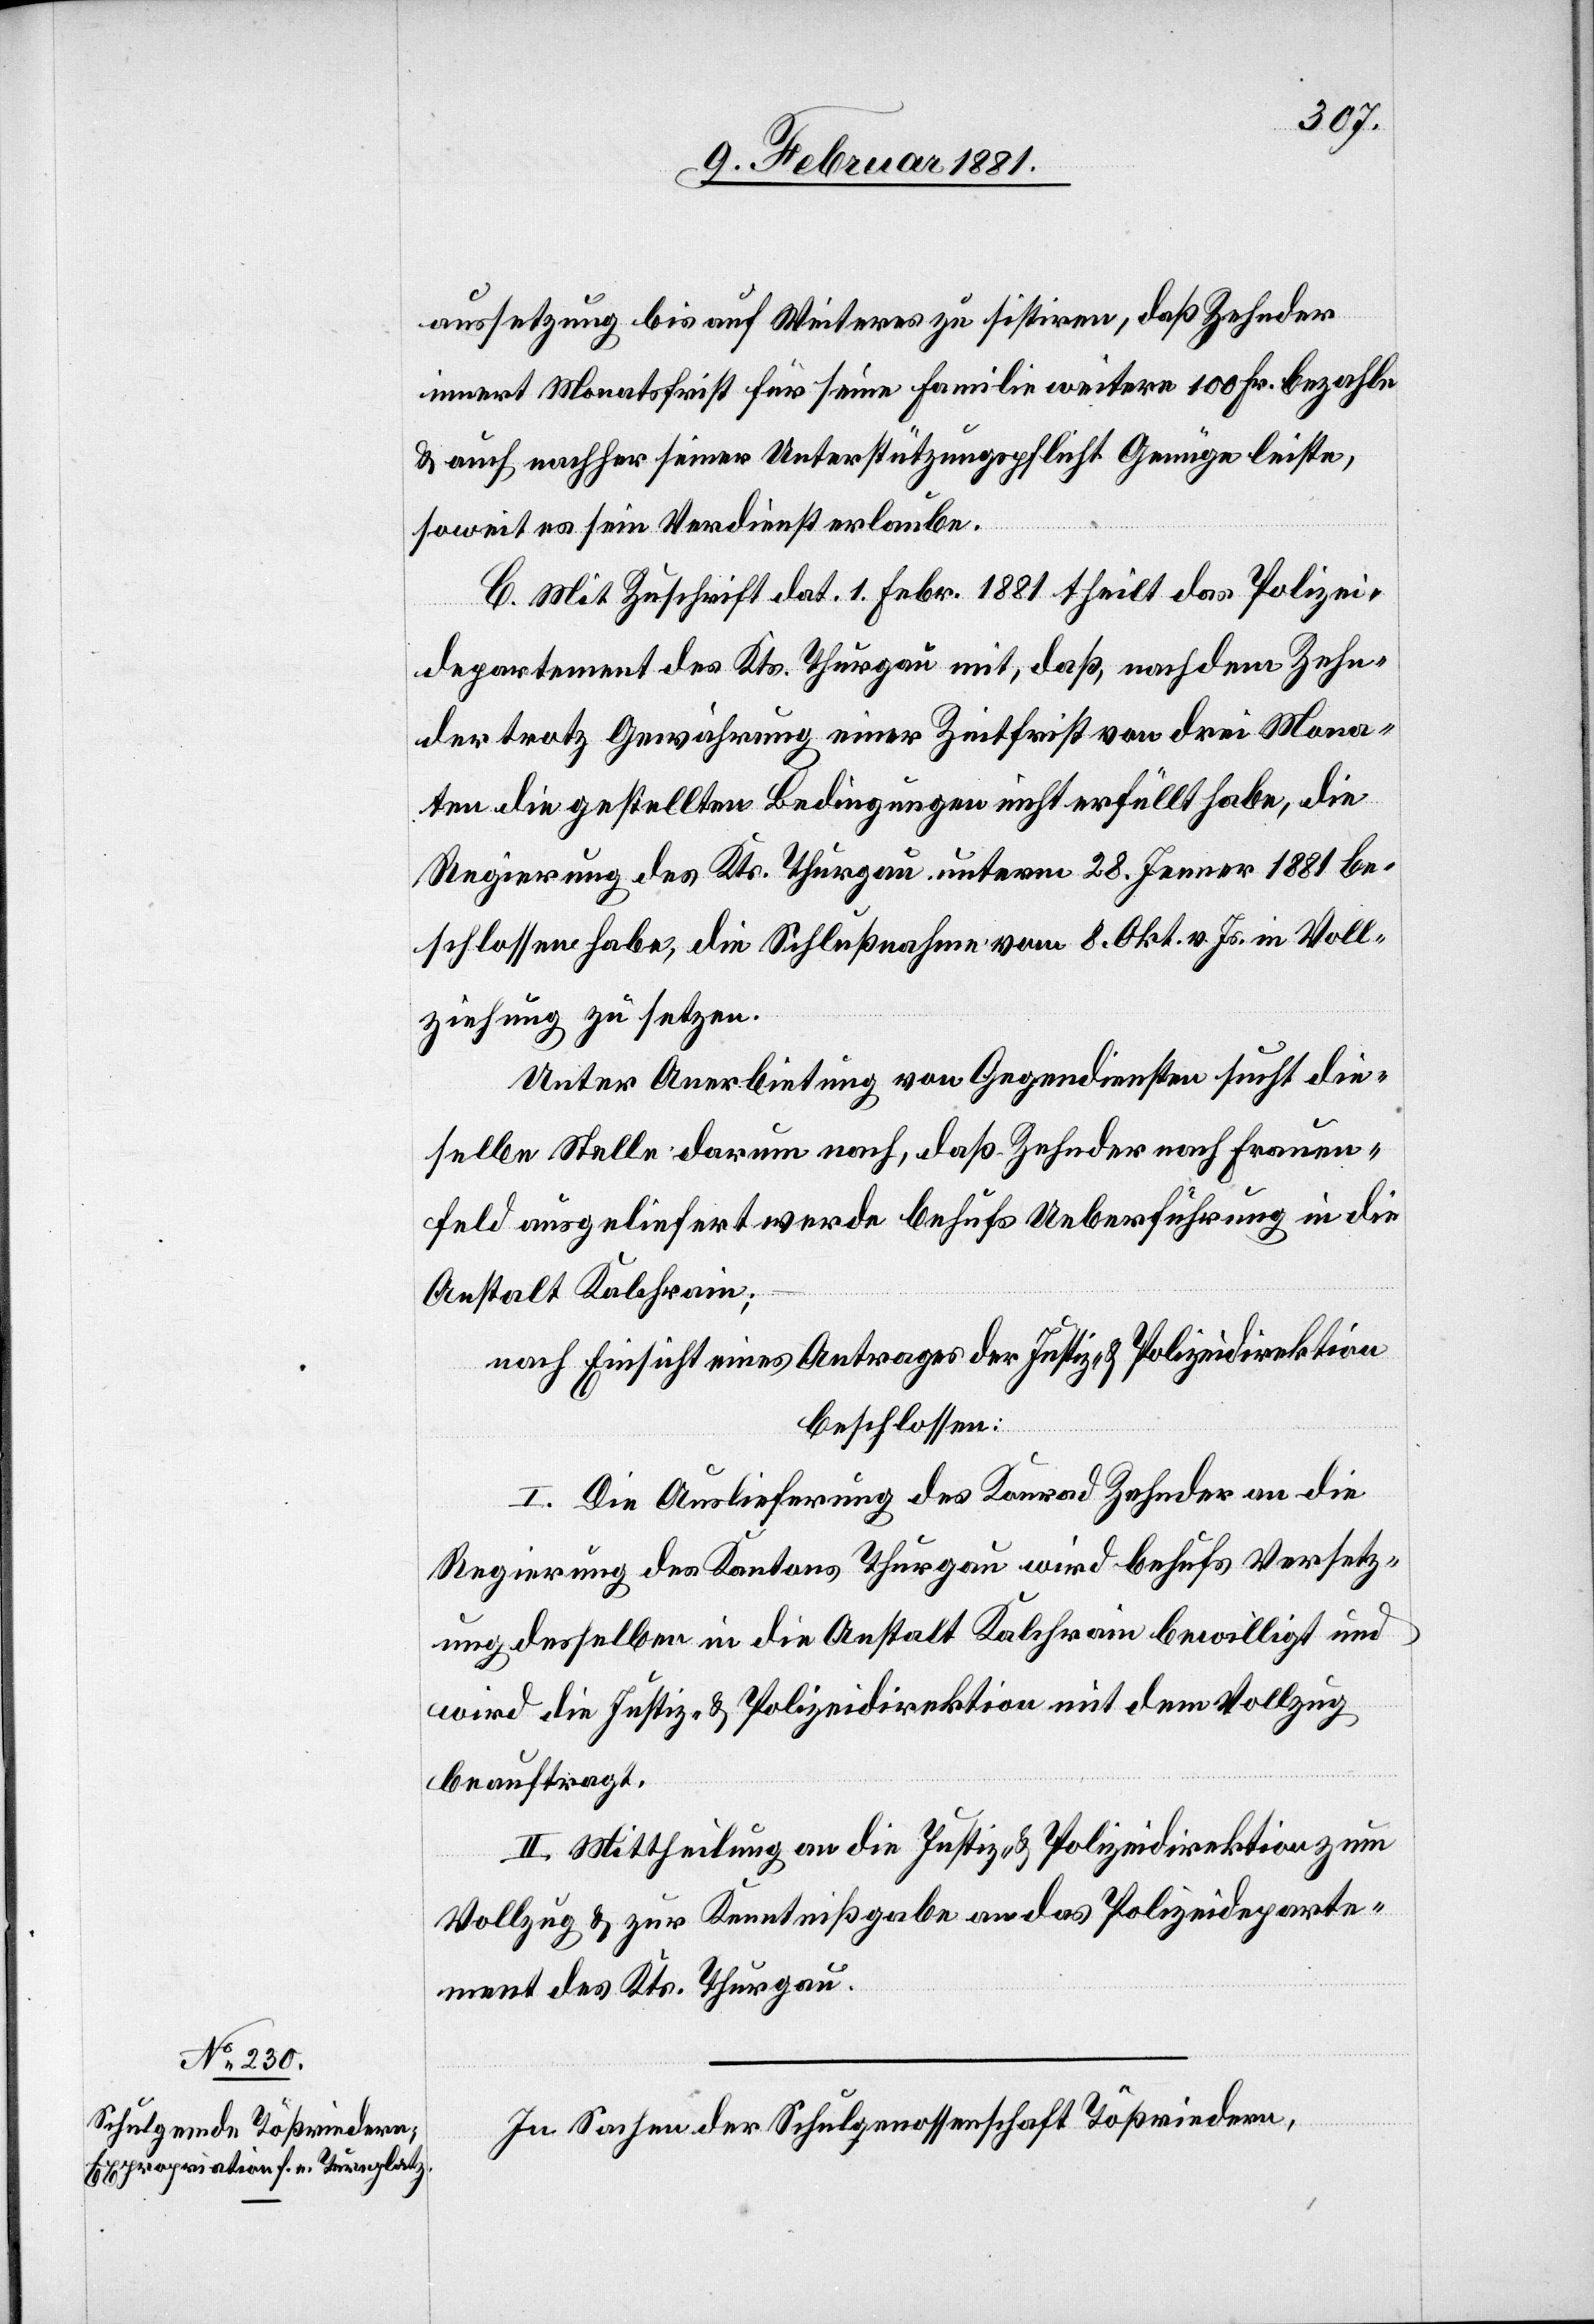
aussetzung bis auf Weiteres zu sistiren, daß Zehnder
innert Monatsfrist für seine Familie weitere 100 Fr. bezahle
& auch nachher seiner Unterstützungspflicht Genüge leiste,
soweit es sein Verdienst erlaube.
C. Mit Zuschrift dat. 1. Febr. 1881 theilt das Polizei¬
departement des Kts. Thurgau mit, daß, nachdem Zehn¬
der trotz Gewährung einer Zeitfrist von drei Mona¬
ten die gestellten Bedingungen nicht erfüllt habe, die
Regierung des Kts. Thurgau unterm 28. Jenner 1881 be¬
schlossen habe, die Schlußnahme vom 8. Okt. v. Js. in Voll¬
ziehung zu setzen.
Unter Anerbietung von Gegendiensten sucht die¬
selbe Stelle darum nach, daß Zehnder nach Frauen¬
feld ausgeliefert werde behufs Ueberführung in die
Anstalt Kalchrain;
nach Einsicht eines Antrages der Justiz- und Polizeidirektion
beschlossen:
I. Die Auslieferung des Konrad Zehnder an die
Regierung des Kantons Thurgau wird behufs Versetz¬
ung desselben in die Anstalt Kalchrain bewilligt und
wird die Justiz- und Polizeidirektion mit dem Vollzug
beauftragt.
II. Mittheilung an die Justiz- & Polizeidirektion um
Vollzug zur Kenntnißnahme an das Polizeideparte¬
ment des Kts. Thurgau.
In Sachen der Schulgenossenschaft Tößriedern,